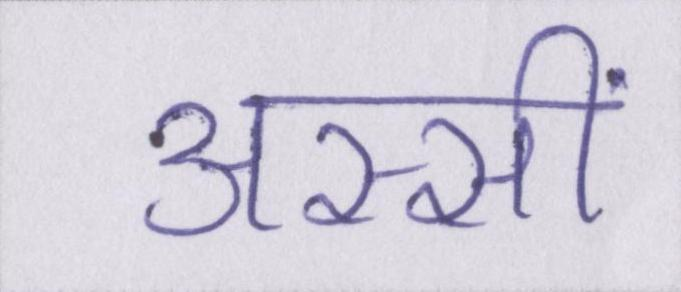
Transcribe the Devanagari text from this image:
अस्सीं